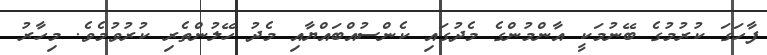
ފާހަގަ ކުރުމުގެ ބޭނުމަކީ އާންމުންގެ މެދުގައި ކެންސުއްބައްޔާއި މެދު ހޭލުންތެރި ކުރުވުމެވެ. މިހާރު